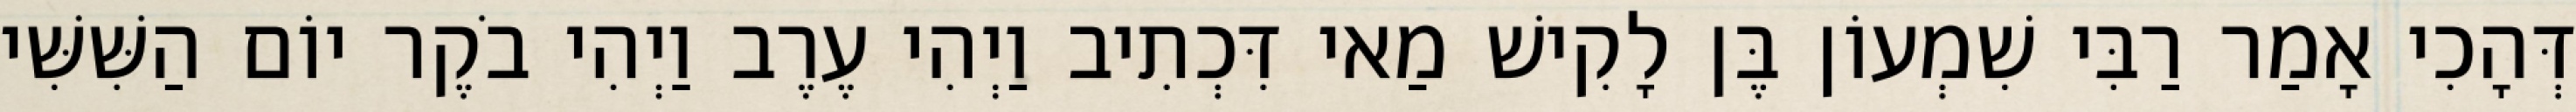
דְּהָכִי אָמַר רַבִּי שִׁמְעוֹן בֶּן לָקִישׁ מַאי דִּכְתִיב וַיְהִי עֶרֶב וַיְהִי בֹקֶר יוֹם הַשִּׁשִּׁי